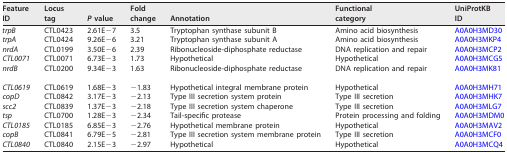
| FeatureID | Locustag | P value | Foldchange | Annotation | Functionalcategory | UniProtKBID |
 | --- | --- | --- | --- | --- | --- | --- |
 | trpB | CTL0423 | 2.61E−7 | 3.5 | Tryptophan synthase subunit B | Amino acid biosynthesis | A0A0H3MD30 |
 | trpA | CTL0424 | 9.26E−6 | 3.21 | Tryptophan synthase subunit A | Amino acid biosynthesis | A0A0H3MKP4 |
 | nrdA | CTL0199 | 3.50E−6 | 2.39 | Ribonucleoside-diphosphate reductase | DNA replication and repair | A0A0H3MCP2 |
 | CTL0071 | CTL0071 | 6.73E−3 | 1.73 | Hypothetical | Hypothetical | A0A0H3MCG5 |
 | nrdB | CTL0200 | 9.34E−3 | 1.63 | Ribonucleoside-diphosphate reductase | DNA replication and repair | A0A0H3MK81 |
 | CTL0619 | CTL0619 | 1.68E−3 | −1.83 | Hypothetical integral membrane protein | Hypothetical | A0A0H3MH71 |
 | copD | CTL0842 | 3.17E−3 | −2.13 | Type III secretion system protein | Type III secretion | A0A0H3MHK7 |
 | scc2 | CTL0839 | 1.37E−3 | −2.18 | Type III secretion system chaperone | Type III secretion | A0A0H3MLG7 |
 | tsp | CTL0700 | 1.28E−3 | −2.34 | Tail-specific protease | Protein processing and folding | A0A0H3MDM0 |
 | CTL0185 | CTL0185 | 6.85E−3 | −2.76 | Hypothetical membrane protein | Hypothetical | A0A0H3MAV2 |
 | copB | CTL0841 | 6.79E−5 | −2.81 | Type III secretion system membrane protein | Type III secretion | A0A0H3MCF0 |
 | CTL0840 | CTL0840 | 2.15E−3 | −2.97 | Hypothetical | Hypothetical | A0A0H3MCQ4 |